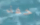
خفة